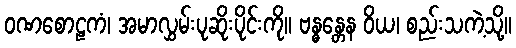
ဝဏစောဠကံ၊ အမာလွှမ်းပုဆိုးပိုင်းကို။ ဗန္ဓန္တေန ဝိယ၊ စည်းသကဲ့သို့။